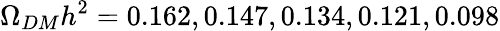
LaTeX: \Omega_{DM}h^{2}=0.162,0.147,0.134,0.121,0.098